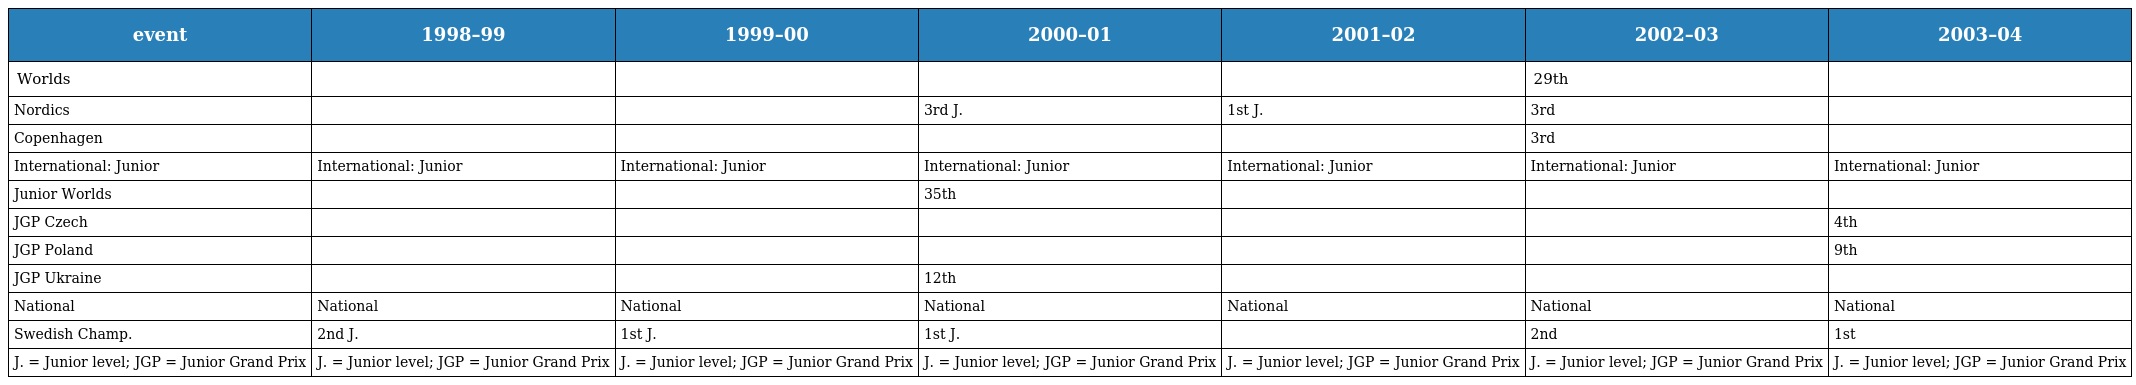
| event | 1998–99 | 1999–00 | 2000–01 | 2001–02 | 2002–03 | 2003–04 |
 | --- | --- | --- | --- | --- | --- | --- |
 | Worlds |  |  |  |  | 29th |  |
 | Nordics |  |  | 3rd J. | 1st J. | 3rd |  |
 | Copenhagen |  |  |  |  | 3rd |  |
 | International: Junior | International: Junior | International: Junior | International: Junior | International: Junior | International: Junior | International: Junior |
 | Junior Worlds |  |  | 35th |  |  |  |
 | JGP Czech |  |  |  |  |  | 4th |
 | JGP Poland |  |  |  |  |  | 9th |
 | JGP Ukraine |  |  | 12th |  |  |  |
 | National | National | National | National | National | National | National |
 | Swedish Champ. | 2nd J. | 1st J. | 1st J. |  | 2nd | 1st |
 | J. = Junior level; JGP = Junior Grand Prix | J. = Junior level; JGP = Junior Grand Prix | J. = Junior level; JGP = Junior Grand Prix | J. = Junior level; JGP = Junior Grand Prix | J. = Junior level; JGP = Junior Grand Prix | J. = Junior level; JGP = Junior Grand Prix | J. = Junior level; JGP = Junior Grand Prix |